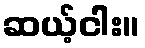
ဆယ့်ငါး။